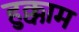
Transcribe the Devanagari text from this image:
हुक्काम